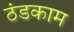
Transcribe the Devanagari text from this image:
ठंडकाम